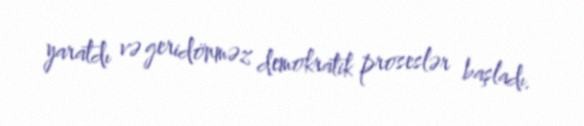
yaratdı və geridönməz demokratik proseslər başladı.